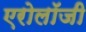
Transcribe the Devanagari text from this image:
एरोलॉजी